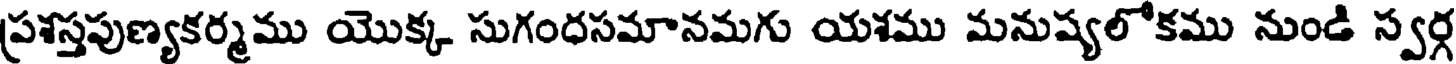
ప్రశస్తపుణ్యకర్మము యొక్క సుగంధసమానమగు యశము మనుష్యలోకము నుండి స్వర్గ